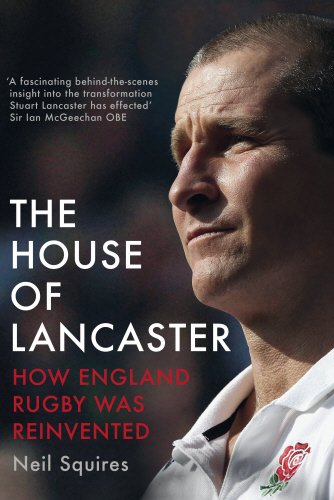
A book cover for The House of Lancaster: How England Rugby was Reinvented; Neil Squires; Sports & Outdoors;